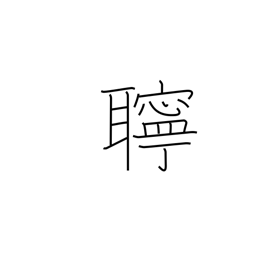
Meaning: noisy